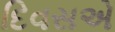
દિવસએ